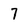
Character: 7